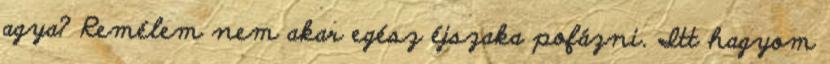
agya? Remélem nem akar egész éjszaka pofázni. Itt hagyom